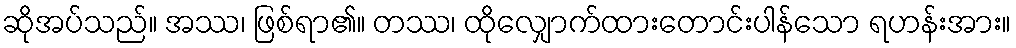
ဆိုအပ်သည်။ အဿ၊ ဖြစ်ရာ၏။ တဿ၊ ထိုလျှောက်ထားတောင်းပါန်သော ရဟန်းအား။